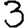
Digit: 3